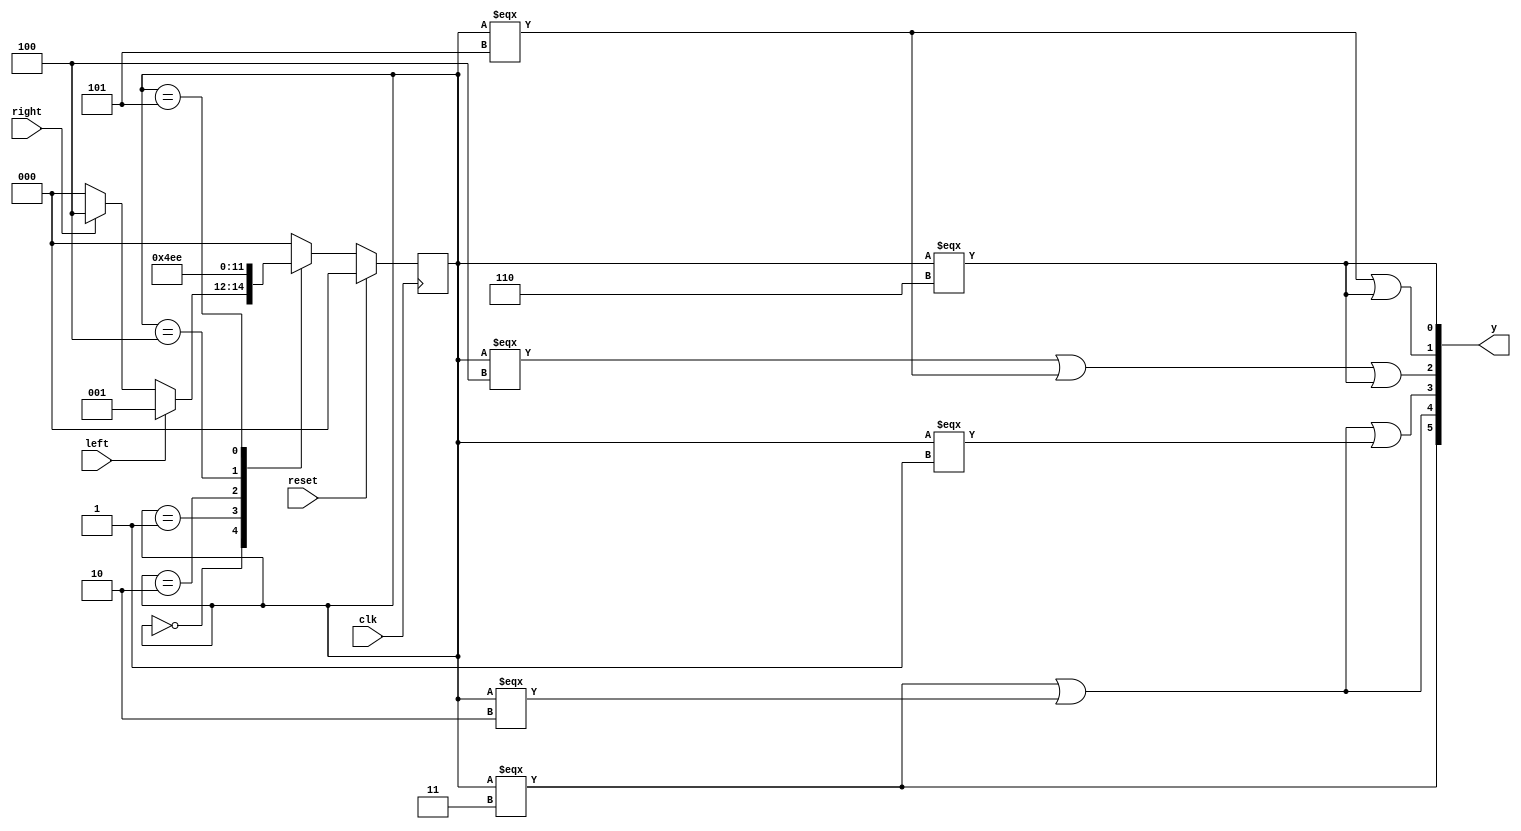
`timescale 1ns/1ps

module ford_thunderbird( input reset,
			 input 	      left,
			 input 	      right,
			 input clk,
			 output [5:0] y);

   parameter S0 = 3'd0;
   parameter S1 = 3'd1;
   parameter S2 = 3'd2;
   parameter S3 = 3'd3;
   parameter S4 = 3'd4;
   parameter S5 = 3'd5;
   parameter S6 = 3'd6;

   reg [2:0] 			      state, nextstate;

   //state reg
   always @(posedge clk)
     if (reset) state <= S0;
   else state <= nextstate;	// non blocking assignment to declare sequential logic

   //combitional nextstate logic
   always @(*)
     begin
	case(state)
	  S0 : if (left) nextstate = S1;
	  else if (right) nextstate = S4;//according to the design of indicator controller, left right and reset are mutually exclusive i.e. 100,010,001
	  else nextstate = S0;
	  
	  S1 : nextstate = S2; 
	  S2 : nextstate = S3;
	  S3 : nextstate = S0;
	  S4 : nextstate = S5;
	  S5 : nextstate = S6;
	  S6 : nextstate = S0;
	  default : nextstate = S0;
	endcase // case (state)
     end // always @ (*)

   //output logic
   assign y[5] = (state === 3'd3);
   assign y[4] = (state === 3'd3 || state === 3'd2);
   assign y[3] = (state === 3'd3 || state === 3'd2 || state === 3'd1);
   assign y[2] = (state === 3'd4 || state === 3'd5 || state === 3'd6);
   assign y[1] = (state === 3'd5 || state === 3'd6);
   assign y[0] = (state === 3'd6);

endmodule // ford_thunderbird